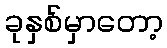
ခုနှစ်မှာတော့